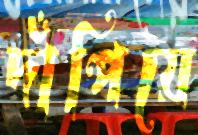
দাঁপিয়ে